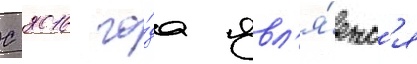
С 2016 го́да явл'я́етс'я